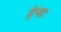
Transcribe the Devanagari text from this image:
हेनाः